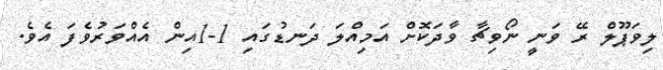
ލިވަޕޫލް ރޭ ވަނީ ނޯވިޗާ ވާދަކޮށް އަމިއްލަ ދަނޑުގައި 1-1އިން އެއްވަރުވެފަ އެވެ.